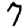
Digit: 7